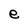
Character: e